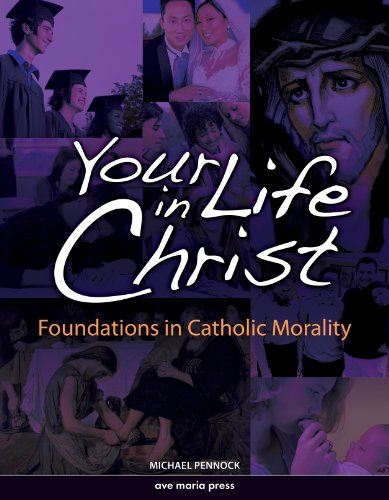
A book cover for Your Life in Christ: Foundations of Catholic Morality; Michael Pennock; Christian Books & Bibles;